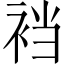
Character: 裆